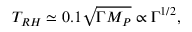
T _ { R H } \simeq 0 . 1 \sqrt { \Gamma M _ { P } } \propto \Gamma ^ { 1 / 2 } ,